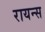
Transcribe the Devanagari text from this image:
रायन्स